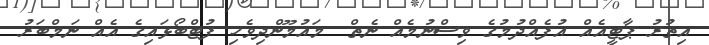
އިތުރު ޕާޓީއެއް އުފެއްދުމުގެ ވިސްނުމެއް ނެތް  މައުމޫންދިވެހި ފުޓްބޯޅައިގެ އެއް ނަމްބަރު